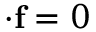
\mathbf { \nabla \cdot } \mathbf { f } = 0